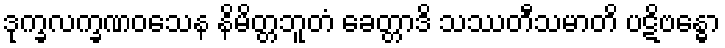
ဒုက္ခလက္ခဏဝသေန နိမိတ္တဘူတံ ခေတ္တာဒိ သဿတီသမာတိ ပဋိဗန္ဓော